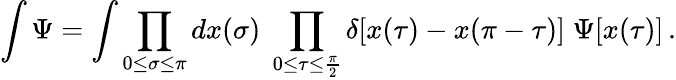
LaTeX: \int\Psi=\int\prod_{0\leq\sigma\leq\pi}dx(\sigma)\; \prod_{0\leq\tau\leq\frac{\pi}{2}}\delta[x(\tau)-x(\pi-\tau)]\; \Psi[x(\tau)]\, .